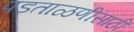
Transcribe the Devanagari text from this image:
पडताळणीसाठी